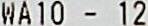
WA10 - 12